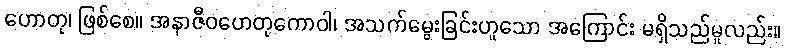
ဟောတု၊ ဖြစ်စေ။ အနာဇီဝဟေတုကောဝါ၊ အသက်မွေးခြင်းဟူသော အကြောင်း မရှိသည်မူလည်း။